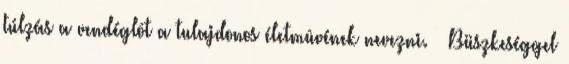
túlzás a vendéglôt a tulajdonos életmûvének nevezni. — Büszkeséggel